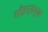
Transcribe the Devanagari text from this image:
सौहार्दामुळे